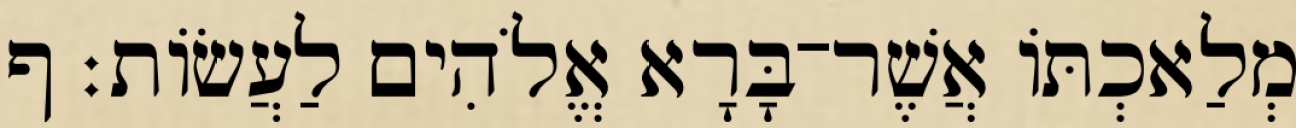
מְלַאכְתֹּו אֲשֶׁר־בָּרָא אֱלֹהִים לַעֲשֹׂות׃ ף